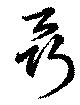
囁